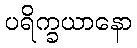
ပရိက္ခယာနော